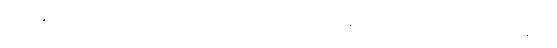
ရန်ကုန်မြို့တွင်း လူစည်ကားရာနေရာတွေမှာ အတင့်ရဲလွန်းတဲ့ လုယက်မှုတွေကို အမြန်ဆုံး